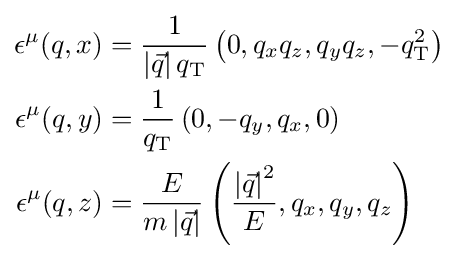
{\begin{aligned}\epsilon ^{\mu }(q,x)&={\frac {1}{\left|{\vec {q}}\right|q_{\text{T}}}}\left(0,q_{x}q_{z},q_{y}q_{z},-q_{\text{T}}^{2}\right)\\\epsilon ^{\mu }(q,y)&={\frac {1}{q_{\text{T}}}}\left(0,-q_{y},q_{x},0\right)\\\epsilon ^{\mu }(q,z)&={\frac {E}{m\left|{\vec {q}}\right|}}\left({\frac {\left|{\vec {q}}\right|^{2}}{E}},q_{x},q_{y},q_{z}\right)\end{aligned}}